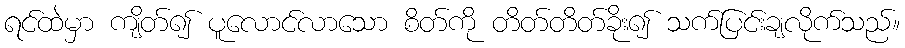
ရင်ထဲမှာ ကျိတ်၍ ပူလောင်လာသော စိတ်ကို တိတ်တိတ်ခိုး၍ သက်ပြင်းချလိုက်သည်။